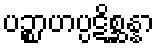
ပဉ္စာဟပ္ပဋိစ္ဆန္နာ